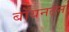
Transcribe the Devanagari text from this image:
बॉयनटन